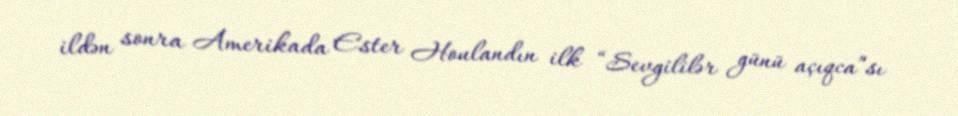
ildən sonra Amerikada Ester Houlandın ilk “Sevgililər günü açıqca”sı